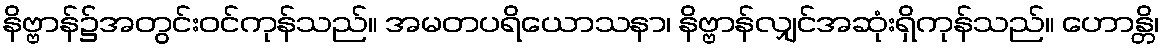
နိဗ္ဗာန်၌အတွင်းဝင်ကုန်သည်။ အမတပရိယောသနာ၊ နိဗ္ဗာန်လျှင်အဆုံးရှိကုန်သည်။ ဟောန္တိ၊